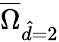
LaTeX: \overline{{\Omega}}_{\hat{d}=2}